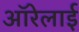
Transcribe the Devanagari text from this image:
ऑरेलाई